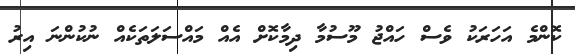
ކޮންމެ އަހަރަކު ވެސް ހައްޖު މޫސުމާ ދިމާކޮށް އެއް މައްސަލަތަކެއް ނުކުންނަ އިރު